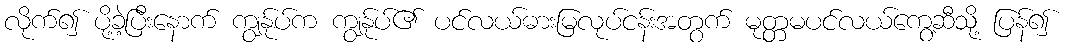
လိုက်၍ ပို့ခဲ့ပြီးနောက် ကျွန်ုပ်က ကျွန်ုပ်၏ ပင်လယ်ဓားမြလုပ်ငန်းအတွက် မုတ္တမပင်လယ်ကွေ့ဆီသို့ ပြန်၍